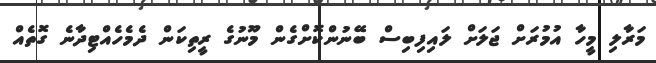
މަރާލި މީހާ އުމުރަށް ޖަލަށް ލައިފިބިސް ބޭނުންކޮށްގެން މޫނުގެ ރީތިކަން ދެމެހެއްޓިދާނެ ގޮތެއް